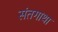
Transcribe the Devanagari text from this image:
संतगाथा